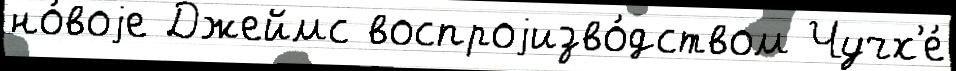
но́воjе Джеймс воспроjизво́дством Чучх'е́